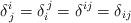
LaTeX: \begin{align*}\delta_{\,j}^{i}=\delta_{i}^{\,j}=\delta^{ij}=\delta_{ij}\end{align*}